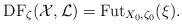
LaTeX: \begin{align*}\mathrm{DF}_{\zeta}(\mathcal{X},\mathcal{L})=\mathrm{Fut}_{X_0,\zeta_0}(\xi).\end{align*}